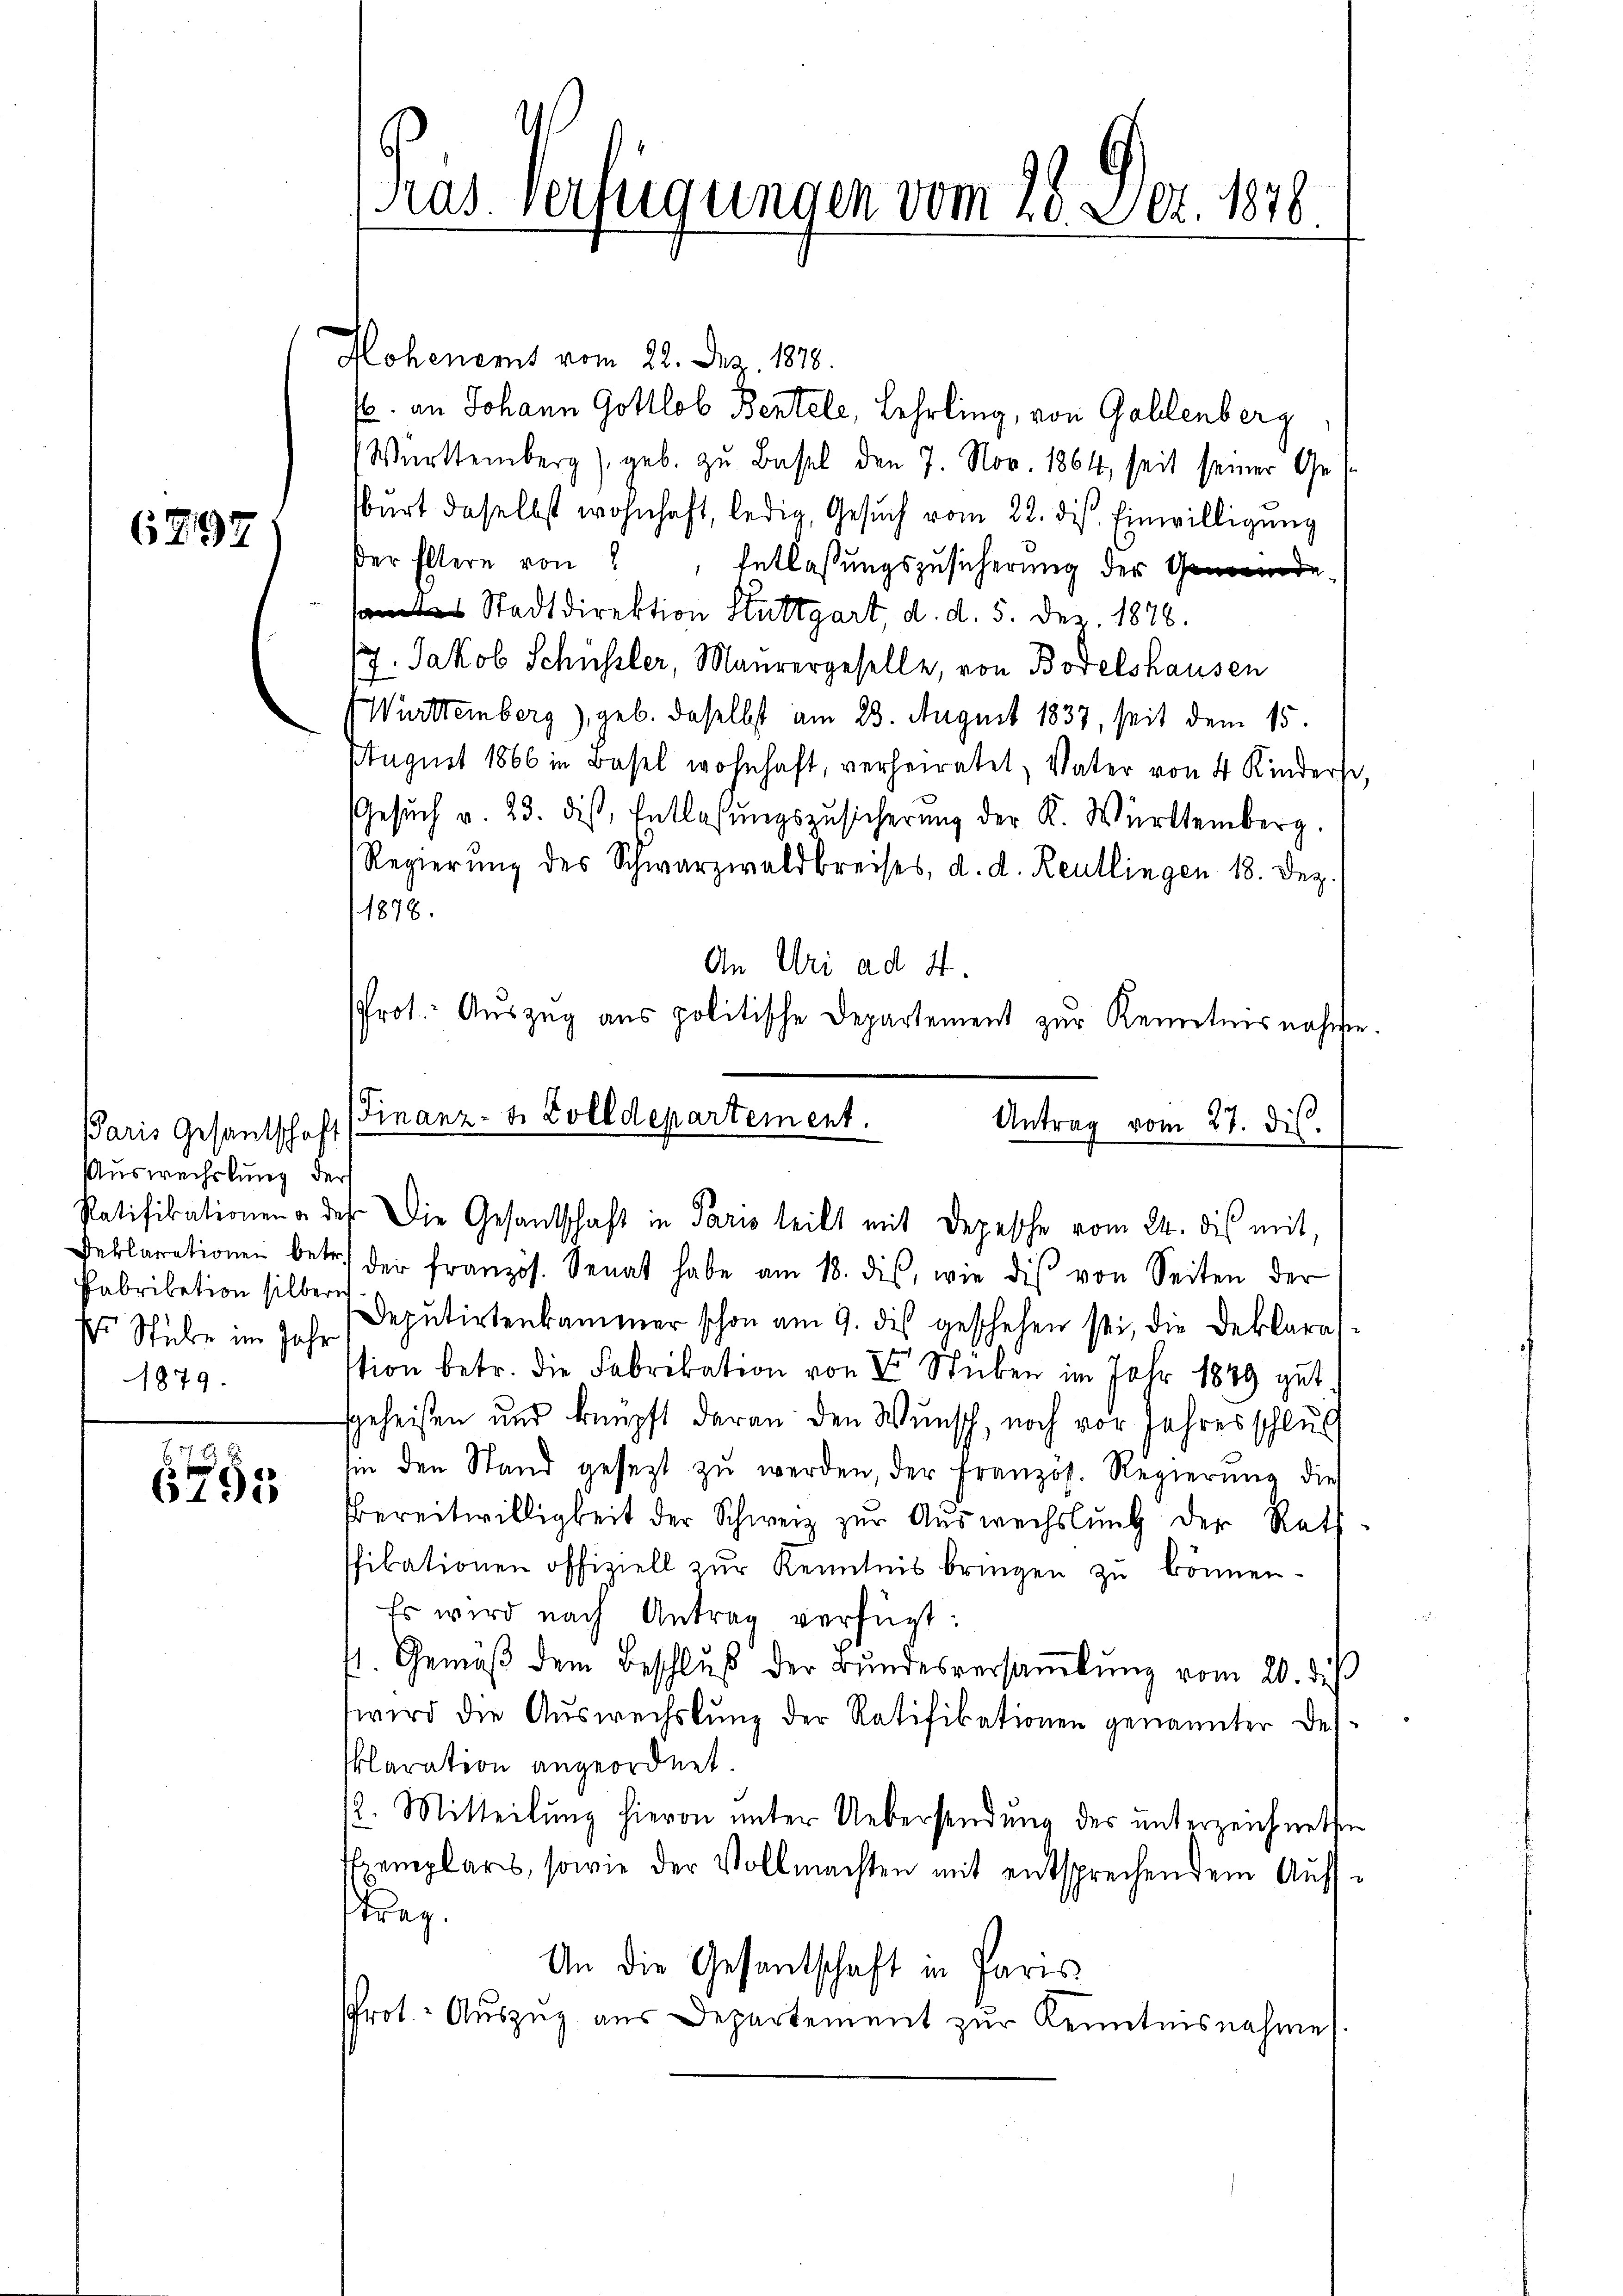
6797

Paris Gesandtschaft
Auswechslung der
Fabrikation silbern
sr Stube im Jahr
1879.

655

Hohenamt vom 22. des 1878.
. an Johann Gottlob Bentele, Lehrling, von Gallenberg
Württemberg), geb. zu Basel den 7. Nov. 1864, seit seiner Gebŭrt daselbst wohnhaft, ledig, Gesŭch vom 22. ds. Einwilligŭng
der Eltern von Entlassŭngszusicherung der Gene
as Stadtdirektion Stuttgart, d. d. 5. Dez. 1878.
/7. Jakob Schüssler, Maurergeselle, von Bodelshausen
Württemberg), geb. daselbst am 23. August 1837, seit dem 15.
August 1866 in Basel wohnhaft, verheiratet, Vater von 4 Kinders,
Gesŭch v. 23. des Entlassŭngszusicherŭng der K. Württemberg.
Regierŭng des Schwarzwaldbreises, d. d. Reutlingen 18. Dez.
1876.
An Uri ad 4.
Prot. Aŭszŭg ans politische Departement zur Kenntnisnahme.
Finanz-S. Zolldepartement.
Antrag vom 27. dis.

Ras. Verfügungen vom 28. Dez. 1876
.

Ratifikationen der Die Gesandtschaft in Paris teilt mit Depesche vom 24. dis mit

Deklarationen betr. der französ. Senat habe am 18. des, wie dis von Seiten der
Deputirtenkammer schon am 9. des geschehen sei, die Dekkaras
tion betr. die Fabrikation von 2 Stücken im Jahr 1849 gut
sgeheißen und knüpft daran den Wunsch, noch vor Jahres schlus
sin den Stand gesezt zŭ werden, der französ. Regierung dies
bereitwilligkeit der Schweiz zur Auswechslung der Rath
fikationen offiziell zur Kenntnis bringen zu können.
Es wird nach Antrag verfügt:
st. Gemäβ dem Beschlŭβ der Bŭndesversaṁlŭng vom 20. di
wird die Auswechslung der Ratifikationen genannter Deklaration angeordnet.
12. Mitteilŭng hievon unter Uebersendŭng des ŭnterzeichneten
Exemplars, sowie der Vollmachten mit entsprechendem Aufstrag.
An die Gesantschaft in Paris
Prot. Aŭszŭg aŭs Departement zŭr Kenntnisnahme.